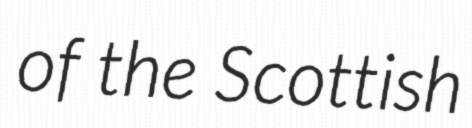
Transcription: of the Scottish